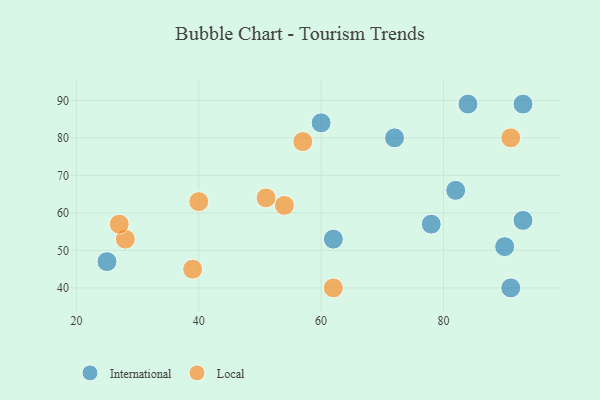
{"axis": {"x": "GDP", "y": "Life Expectancy"}, "legend": ["International", "Local"], "data": [{"x": "84", "y": 89, "type": "International"}, {"x": "62", "y": 53, "type": "International"}, {"x": "90", "y": 51, "type": "International"}, {"x": "60", "y": 84, "type": "International"}, {"x": "93", "y": 89, "type": "International"}, {"x": "25", "y": 47, "type": "International"}, {"x": "82", "y": 66, "type": "International"}, {"x": "78", "y": 57, "type": "International"}, {"x": "93", "y": 58, "type": "International"}, {"x": "72", "y": 80, "type": "International"}, {"x": "91", "y": 40, "type": "International"}, {"x": "39", "y": 45, "type": "Local"}, {"x": "51", "y": 64, "type": "Local"}, {"x": "57", "y": 79, "type": "Local"}, {"x": "40", "y": 63, "type": "Local"}, {"x": "54", "y": 62, "type": "Local"}, {"x": "28", "y": 53, "type": "Local"}, {"x": "27", "y": 57, "type": "Local"}, {"x": "91", "y": 80, "type": "Local"}, {"x": "62", "y": 40, "type": "Local"}]}